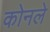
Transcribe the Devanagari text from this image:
कोनले